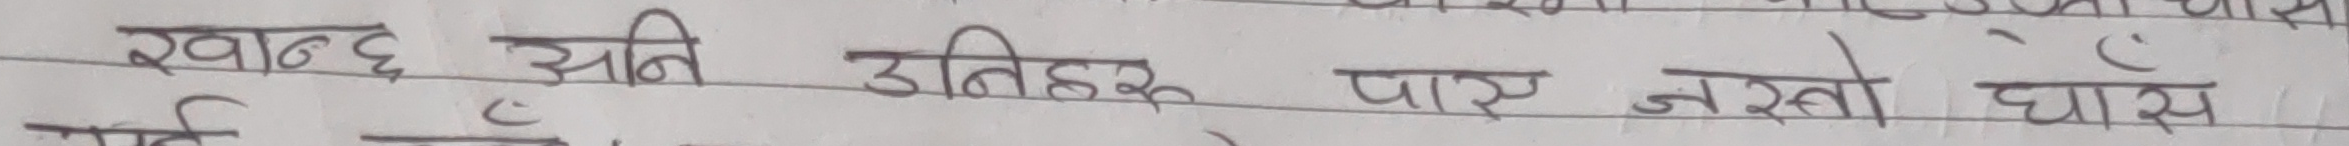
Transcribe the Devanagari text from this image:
खान्छ अनि उतिहरु पाए जस्तो घास